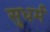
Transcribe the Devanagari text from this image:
सुधर्म